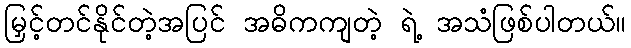
မြှင့်တင်နိုင်တဲ့အပြင် အဓိကကျတဲ့ ရဲ့ အသံဖြစ်ပါတယ်။